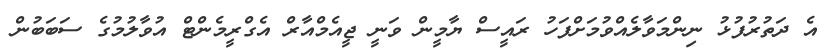
އެ ދަތުރުފުޅު ނިންމަވާލެއްވުމަށްފަހު ރައީސް ޔާމީން ވަނީ ޖީއެމްއާރް އެގްރީމެންޓް އުވާލުމުގެ ސަބަބުން